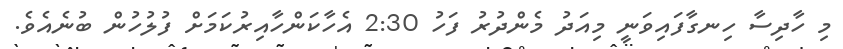
މި ހާދިސާ ހިނގާފައިވަނީ މިއަދު މެންދުރު ފަހު 2:30 އެހާކަންހާއިރުކަމަށް ފުލުހުން ބުނެއެވެ.